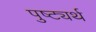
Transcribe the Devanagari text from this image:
पुष्ट्यर्थ